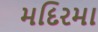
મદિરમા